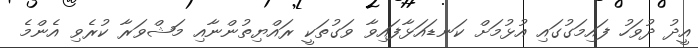
އީދު ދުވަހު ފައިމަގުގައި އުޅުމަށް ކަނޑައަޅާފައިވާ ވަގުތަކީ ރައްޔިތުންނާއި މަޝްވަރާ ކުރެވި އެންމެ